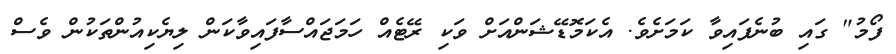
ފޯމު" ގައި ބުނެފައިވާ ކަމަށެވެ. އެކަމޮޑޭޝަންއަށް ވަކި ރޭޓެއް ހަމަޖައްސާފައިވާކަން ލިޔެކިއުންތަކުން ވެސް